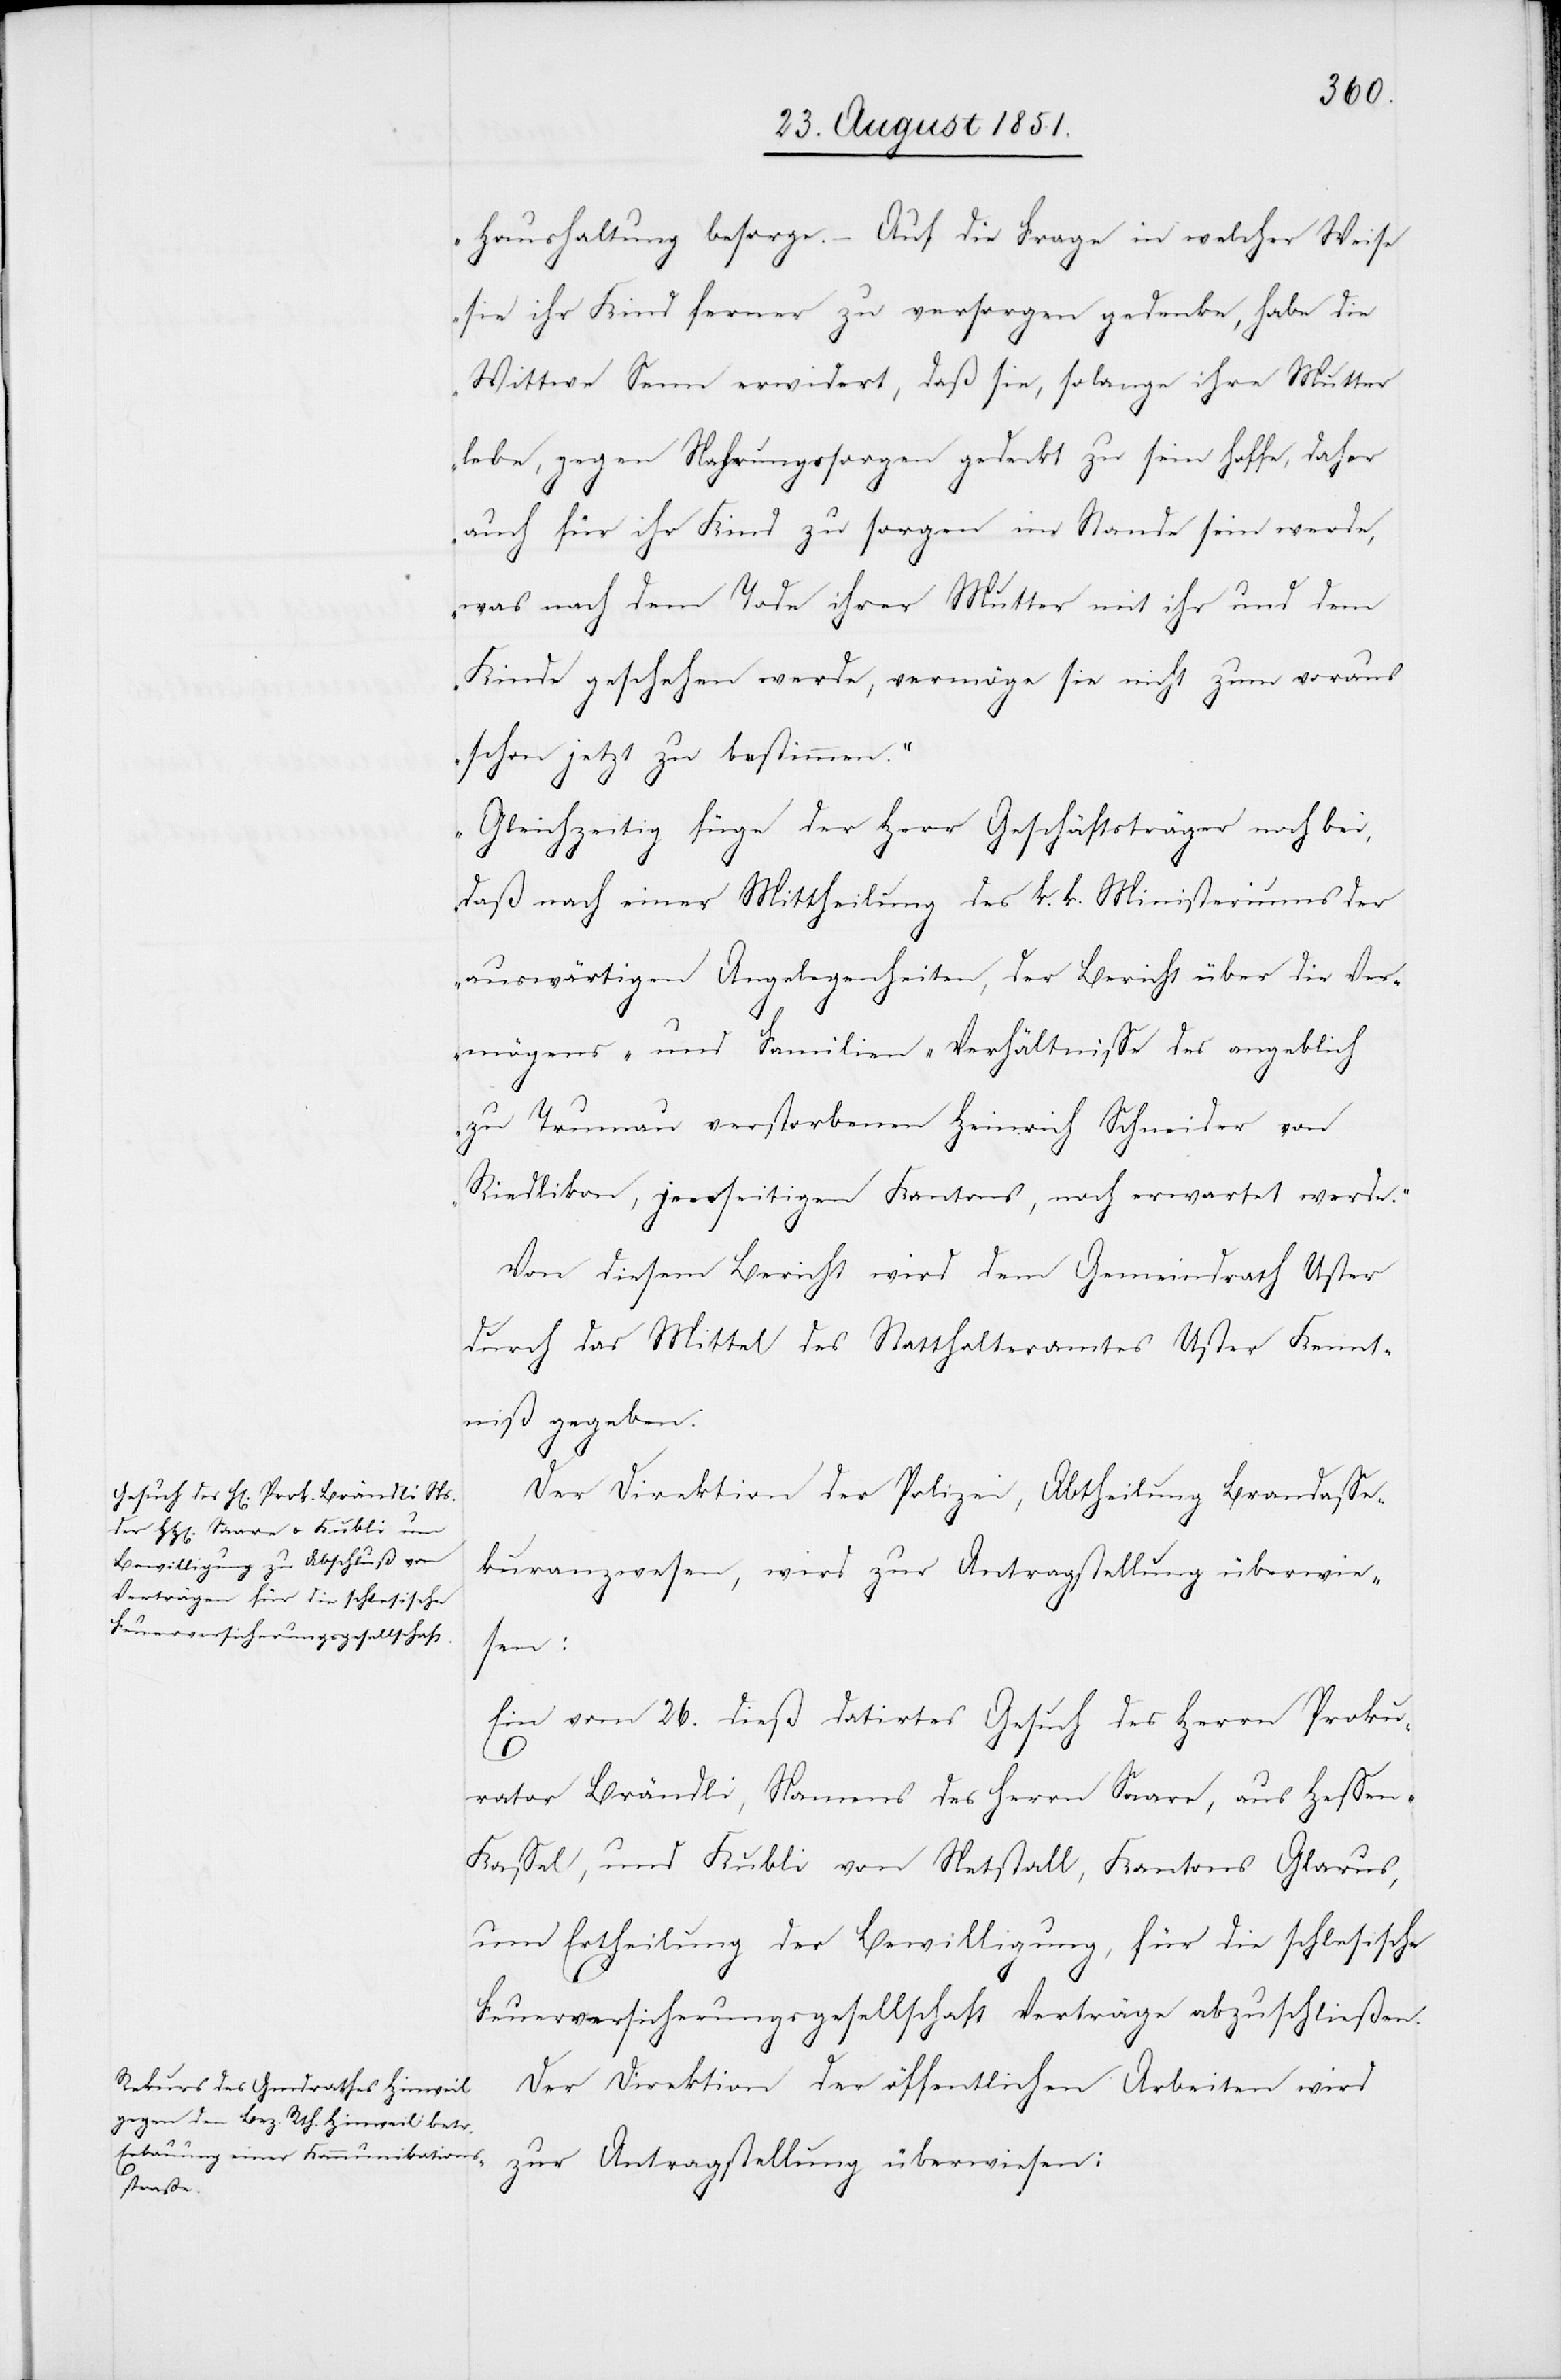
Haushaltung besorge. – Auf die Frage in welcher Weise
sie ihr Kind ferner zu versorgen gedenke, habe die
Wittwe Senn erwidert, daß sie, solange ihre Mutter
lebe, gegen Nahrungssorgen gedeckt zu sein hoffe, daher
auch für ihr Kind zu sorgen im Stande sein werde,
was nach dem Tode ihrer Mutter mit ihr und dem
Kinde geschehen werde, vermöge sie nicht zum voraus
schon jetzt zu bestimmen.“
„Gleichzeitig füge der Herr Geschäftsträger noch bei,
daß nach einer Mittheilung des k. k. Ministeriums der
auswärtigen Angelegenheiten, der Bericht über die Ve¬
rmögens- und Familien-Verhältnisse des angeblich
zu Trumau verstorbenen Heinrich Schneider von
Riedlikon, jenseitigen Kantons, noch erwartet werde.“
Von diesem Bericht wird dem Gemeindrath Uster
durch das Mittel des Statthalteramtes Uster Kennt¬
niß gegeben.
Der Direktion der Polizei, Abtheilung Brandasse¬
kuranzwesen, wird zur Antragstellung überwie¬
sen:
Ein vom 26. dieß datirtes Gesuch des Herrn Proku¬
rator Brändli, Namens des Herrn Saare, aus Hesse¬
n-Kassel, und Kubli von Netstall, Kantons Glarus,
um Ertheilung der Bewilligung, für die schlesische
Feuerversicherungsgesellschaft Verträge abzuschließen.
27.
Der Direktion der öffentlichen Arbeiten wird
zur Antragstellung überwiesen: